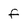
Character: f